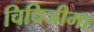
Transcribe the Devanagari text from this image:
चिचिजीमा